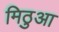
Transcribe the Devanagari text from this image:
मिठुआ